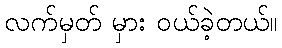
လက်မှတ် မှား ဝယ်ခဲ့တယ်။